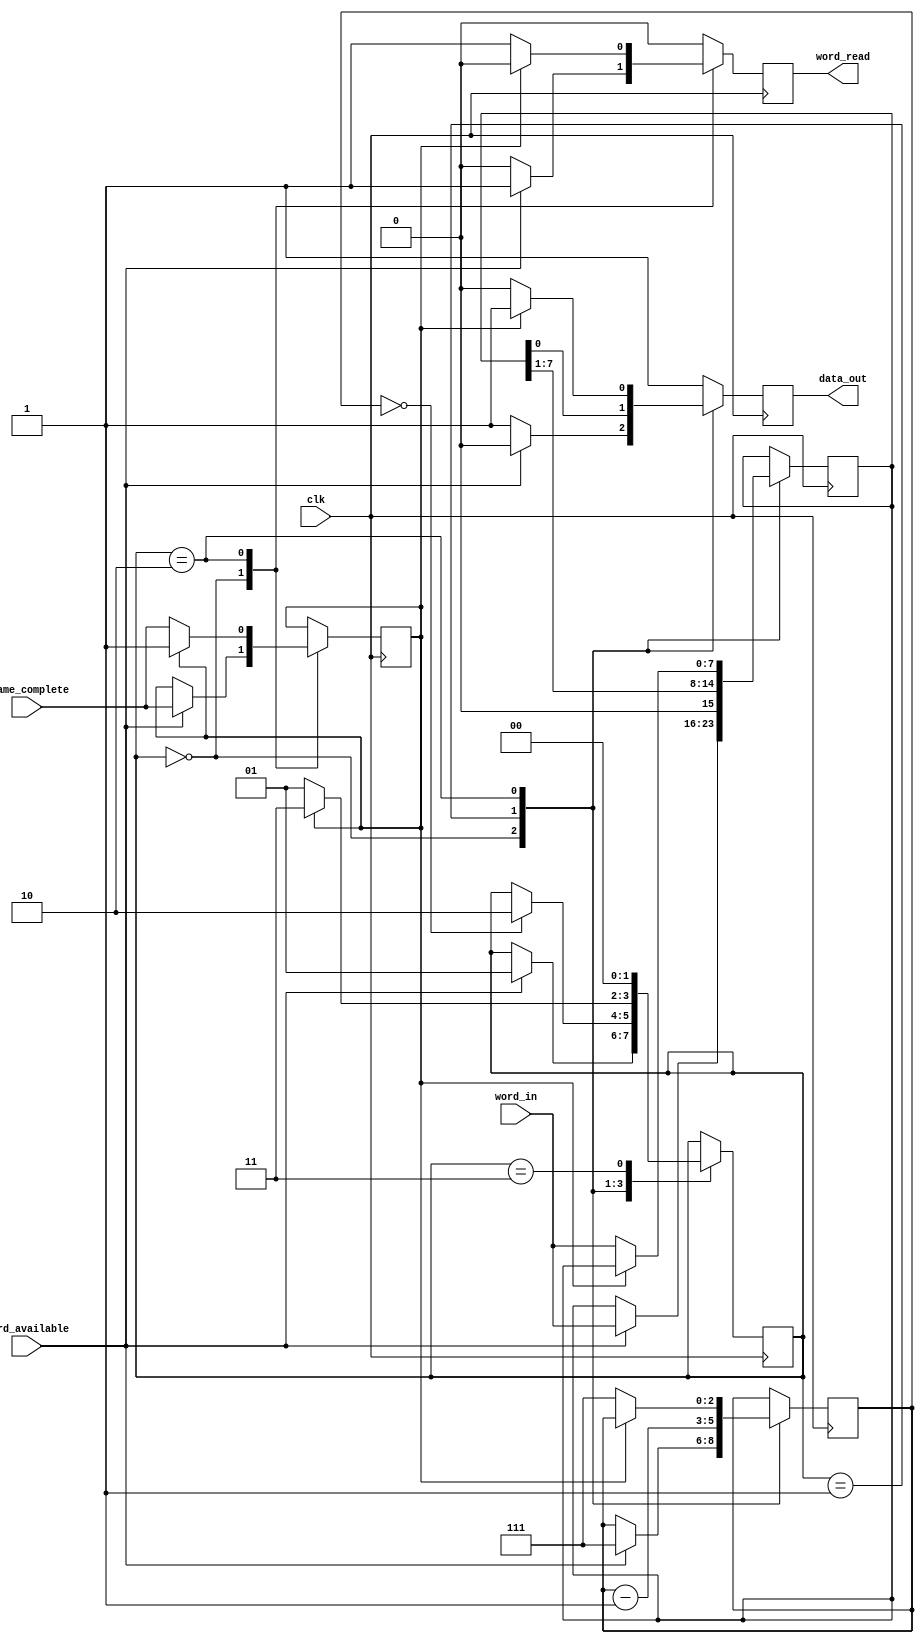
`timescale 1ns / 1ns
module tx_8b9b(clk,data_out,word_in,word_available, frame_complete,word_read);
parameter WORD_WIDTH=8;
input clk;
// Serial data out
output reg data_out=1;
// Parallel data in & word read strobe
input [WORD_WIDTH-1:0] word_in;
input word_available;
input frame_complete;
output reg word_read=0;

reg [WORD_WIDTH-1:0] int_word=0;
reg int_frame_complete=0;
parameter IDLE  = 2'b00,TRANSMIT=2'b01,COMMIT=2'b10,COMMIT_WAIT=2'b11;
reg [1:0] state=0;
reg [2:0] bit_counter=0;//: unsigned(next_highest_power_of_two(WORD_WIDTH)-1 downto 0) := (others => '0');

always@(posedge clk) begin
	word_read <= 1'b0;
	data_out  <= 1'b1;
	case (state)
		IDLE: begin
			if (word_available)  begin
				int_word           <= word_in;
				bit_counter        <= (WORD_WIDTH-1);
				int_frame_complete <= frame_complete;
				word_read          <= 1'b1;
				data_out           <= 1'b0;
				state              <= TRANSMIT;
			end
		end

		TRANSMIT: begin

			// Copy the bits into the receive register and shift
			// More efficient than using a counter index
			bit_counter <= bit_counter - 1;
			int_word    <= {1'b0,int_word[WORD_WIDTH-1:1]};
			data_out    <= int_word[0];

			if (bit_counter == 0) begin
				state <= COMMIT;
			end
		end

		COMMIT : begin

			state    <= COMMIT_WAIT;
			data_out <= 1'b1;

			if (int_frame_complete == 1'b0) begin
				int_word           <= word_in;
				bit_counter        <= (WORD_WIDTH-1);
				int_frame_complete <= frame_complete;
				word_read          <= 1'b1;
				data_out           <= 1'b0;
				state              <= TRANSMIT;
			end
		end

		COMMIT_WAIT:

			state <= IDLE;

		default:

			state <= IDLE;

	endcase
end
endmodule